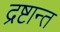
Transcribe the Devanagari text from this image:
द्रष्टान्त